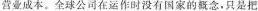
营业成本。全球公司在运作时没有国家的概念，只是把